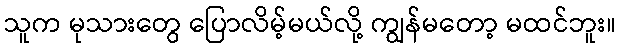
သူက မုသားတွေ ပြောလိမ့်မယ်လို့ ကျွန်မတော့ မထင်ဘူး။